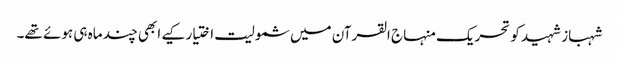
شہباز شہید کو تحریک منہاج القرآن میں شمولیت اختیار کیے ابھی چند ماہ ہی ہوئے تھے۔